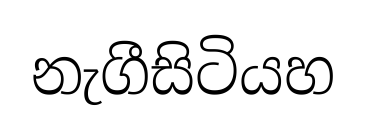
නැගීසිටියහ